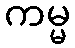
ကမ္မ